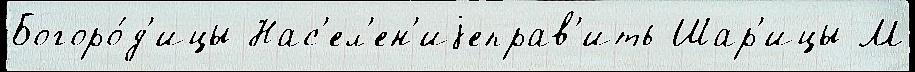
Богоро́д'ицы Нас'ел'ен'иjеправ'ить Шар'ицы М